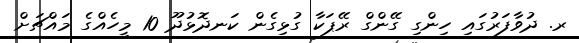
ރ. ދުވާފަރުގައި ހިންގި ގޭންގް ރޭޕަކާ ގުޅިގެން ކަނދޮޅުދޫ 10 މީހެއްގެ މައްޗަށް